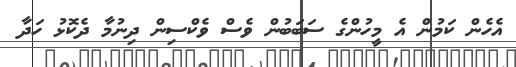
އެހެން ކަމުން އެ މީހުންގެ ސަބަބުން ވެސް ވެކްސިން ދިނުމާ ދެކޮޅު ހަދާ